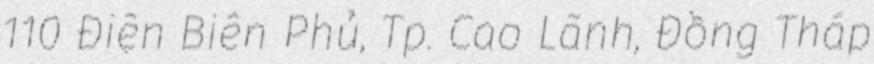
110 Điện Biên Phủ, Tp. Cao Lãnh, Đồng Tháp